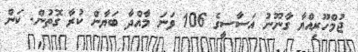
ޖުމްހޫރިއްޔާ ގާނޫނު އަސާސީގެ 106 ވަނަ މާއްދާ ބަޔާން ކުރާ ގޮތުން. ކަން